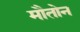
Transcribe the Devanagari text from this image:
मौतोन